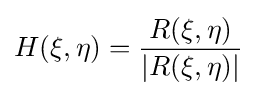
H(\xi ,\eta )={\frac {R(\xi ,\eta )}{\left\vert R(\xi ,\eta )\right\vert }}